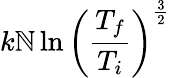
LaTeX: k\mathbb{N}\ln\left(\frac{{T_{f}}}{{T_{i}}}\right)^{\frac{{3}}{{2}}}